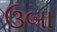
ઉબા